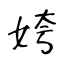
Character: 姱